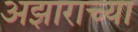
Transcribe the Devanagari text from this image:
अझाराच्या